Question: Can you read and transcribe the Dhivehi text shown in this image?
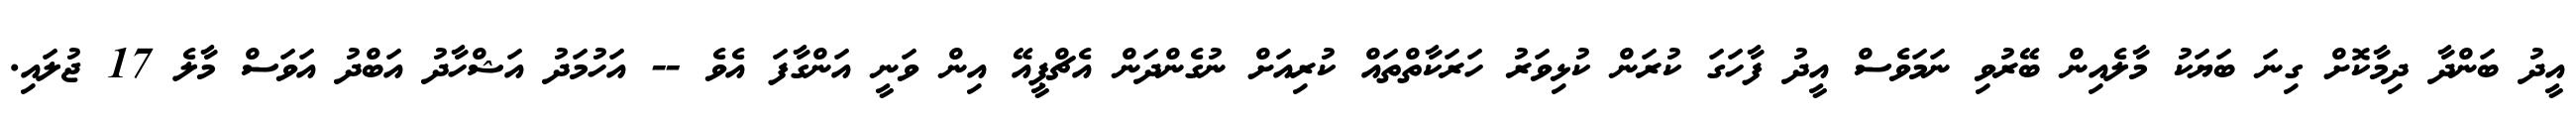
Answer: އީދު ބަންދާ ދިމާކޮށް ގިނަ ބަޔަކު މާލެއިން ބޭރުވި ނަމަވެސް އީދު ފާހަގަ ކުރަން ކުޅިވަރު ހަރަކާތްތައް ކުރިއަށް ނުގެންދަން އެޗްޕީއޭ އިން ވަނީ އަންގާފަ އެވެ -- އަހުމަދު އަޝްހާދު އަބްދު އަވަސް މާލެ 17 ޖުލައި.